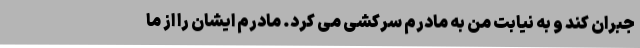
جبران کند و به نیابت من به مادرم سرکشی می کرد. مادرم ایشان را از ما